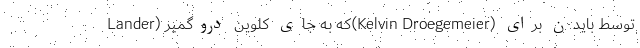
Lander) که به جای کلوین دروگمیر(Kelvin Droegemeier) توسط بایدن برای